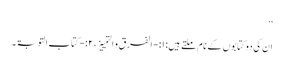
‘‘
ان کی دوکتابوں کے نام ملتے ہیں: ۱:- الفرق و التمییز، ۲:-کتاب التوبۃ ۔